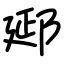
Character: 郔